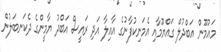
މައުމޫން އަބްދުލް ގައްޔޫމާއި އެމަނިކުފާނުގެ އާއިލާ އަދި ރައީސް އަބްދު ޔާމީންގެ ދެކަނބަލުން